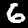
Label: 6